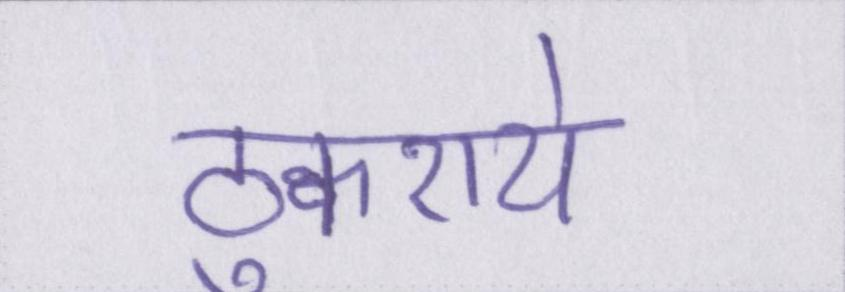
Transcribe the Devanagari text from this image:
ठुकराये